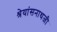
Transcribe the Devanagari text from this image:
श्रेयांसनाथजी